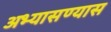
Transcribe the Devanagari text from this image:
अभ्यासण्यास